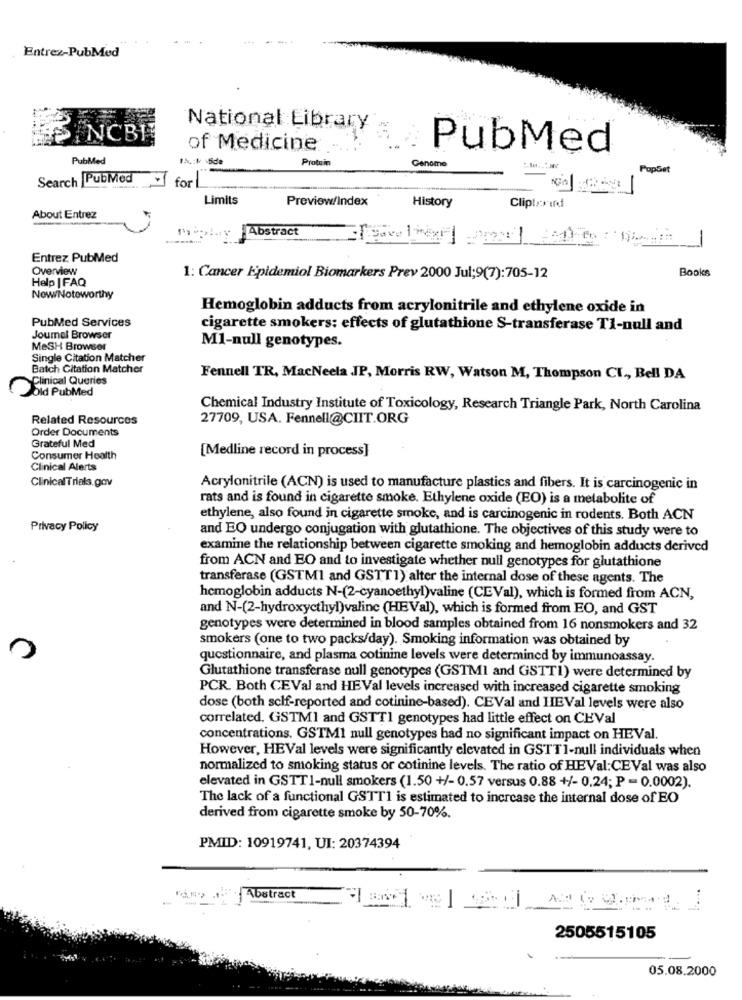
Entrez-PubMed
National Library
INCBI
of Medicine
PubMed
PubMed
Protuin
Genome
PopSet
Search PubMed
for
Limits
Preview/Index
History
Cliptorird
About Entrez
Abstract
Entrez PubMed
Overview
Books
Help |FAQ
1: Cancer Epidemiol Biomarkers Prev 2000 Jul;9(7):705-12
Now/Noteworthy
Hemoglobin adducts from acrylonitrile and ethylene oxide in
PubMed Services
cigarette smokers: effects of glutathione S-transferase T1-null and
Journal Browser
MeSH Browser
M1-null genotypes.
Single Citation Matcher
Batch Citation Matcher
Clinical Queries
Fennell TR, MacNeela JP, Morris RW, Watson M, Thompson CI ., Bell DA
Old PubMed
Chemical Industry Institute of Toxicology, Research Triangle Park, North Carolina
Related Resources
27709, USA. Fennell@CIIT.ORG
Order Documents
Grateful Med
[Medline record in process]
Consumer Health
Clinical Alerts
ClinicalTrials.gov
Acrylonitrile (ACN) is used to manufacture plastics and fibers. It is carcinogenic in
rats and is found in cigarette smoke. Ethylene oxide (EO) is a metabolite of
ethylene, also found in cigarette smoke, and is carcinogenic in rodents. Both ACN
Privacy Policy
and EO undergo conjugation with glutathione. The objectives of this study were to
examine the relationship between cigarette smoking and hemoglobin adducts derived
from ACN and EO and to investigate whether null genotypes for glutathione
transferase (GSTMI and GSTT1) alter the internal dose of these agents. The
hemoglobin adducts N-(2-cyanoethyl)valine (CEVal), which is formed from ACN,
and N-(2-hydroxycthyl)valine (HEVal), which is formed from EO, and GST
genotypes were determined in blood samples obtained from 16 nonsmokers and 32
smokers (one to two packs/day). Smoking information was obtained by
questionnaire, and plasma cotinine levels were determined by immunoassay.
Glutathione transferase null genotypes (GSTMI and GSTT1) were determined by
PCR. Both CEVal and HEVal levels increased with increased cigarette smoking
dose (both self-reported and cotinine-based). CEVal and HEVal levels were also
correlated. GSTM1 and GSTT1 genotypes had little effect on CEVal
concentrations. GSTMI null genotypes had no significant impact on HEVal.
However, HEVal levels were significantly elevated in GSTT1-null individuals when
normalized to smoking status or cotinine levels. The ratio of HEVal:CEVal was also
elevated in GSTT1-null smokers (1.50 +/- 0.57 versus 0.88 +/- 0.24; P = 0.0002).
The lack of a functional GSTT1 is estimated to increase the internal dose of EO
derived from cigarette smoke by 50-70%.
PMID: 10919741, UI: 20374394
Abstract
-
2505515105
05.08.2000